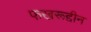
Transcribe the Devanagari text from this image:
फखरूद्दीन